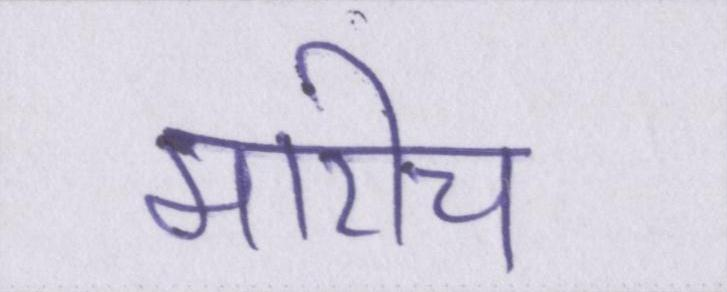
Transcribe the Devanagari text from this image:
मारीच